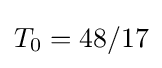
T_{0}=48/17